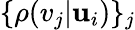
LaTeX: \{ \rho(v_{j}|\mathbf{u}_{i})\} _{j}